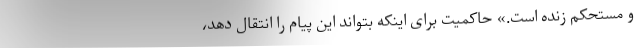
و مستحکم زنده است.» حاکمیت برای اینکه بتواند این پیام را انتقال دهد،